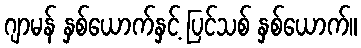
ဂျာမန် နှစ်ယောက်နှင့် ပြင်သစ် နှစ်ယောက်။